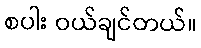
စပါး ဝယ်ချင်တယ်။